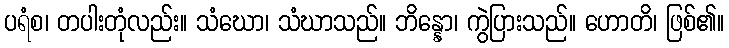
ပရံစ၊ တပါးတုံလည်း။ သံဃော၊ သံဃာသည်။ ဘိန္နော၊ ကွဲပြားသည်။ ဟောတိ၊ ဖြစ်၏။